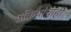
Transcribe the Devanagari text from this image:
प्रक्रियांचाही